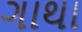
ગાથા